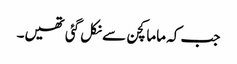
جب کہ ماما کچن سے نکل گئی تھیں۔